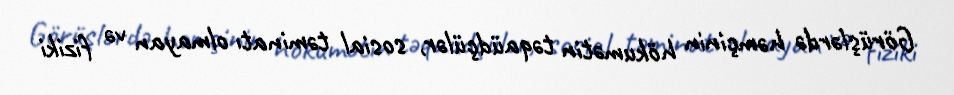
Görüşlərdə həmçinin hökumətin təqaüdçülər, sosial təminatı olmayan və fiziki